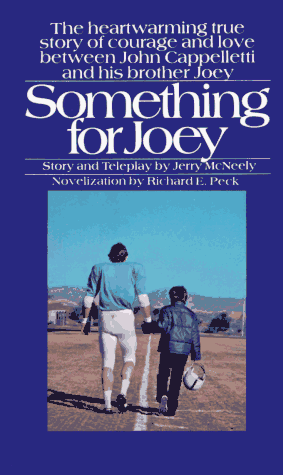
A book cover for Something for Joey; Richard E. Peck; Teen & Young Adult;